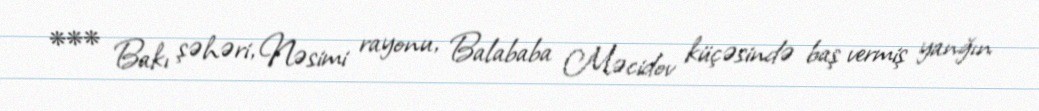
*** Bakı şəhəri, Nəsimi rayonu, Balababa Məcidov küçəsində baş vermiş yanğın